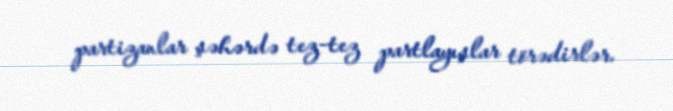
partizanlar şəhərdə tez-tez partlayışlar törədirlər.